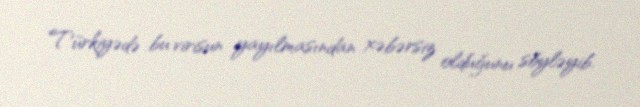
Türkiyədə bu virisun yayılmasından xəbərsiz olduğunu söyləyib.